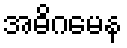
အဓိဂမေန